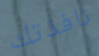
نافذتك